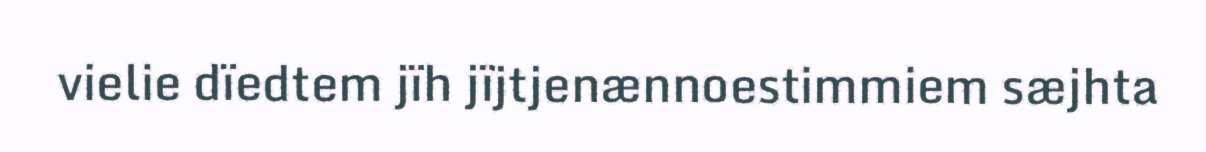
vielie dïedtem jïh jïjtjenænnoestimmiem sæjhta